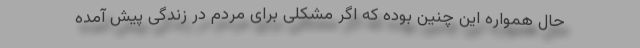
حال همواره این چنین بوده که اگر مشکلی برای مردم در زندگی پیش آمده